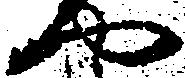
や